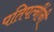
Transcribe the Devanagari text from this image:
पतिपत्नींनी